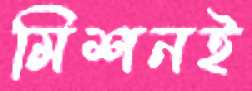
মিশনই